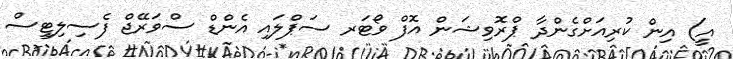
އީ) އިން ކުރިއަށްގެންދާ ޕްރޮވިޝަން އޮފް ވޯޓަރ ސަޕްލައި އެންޑް ސްވަރޭޖް ފެސިލިޓީސް